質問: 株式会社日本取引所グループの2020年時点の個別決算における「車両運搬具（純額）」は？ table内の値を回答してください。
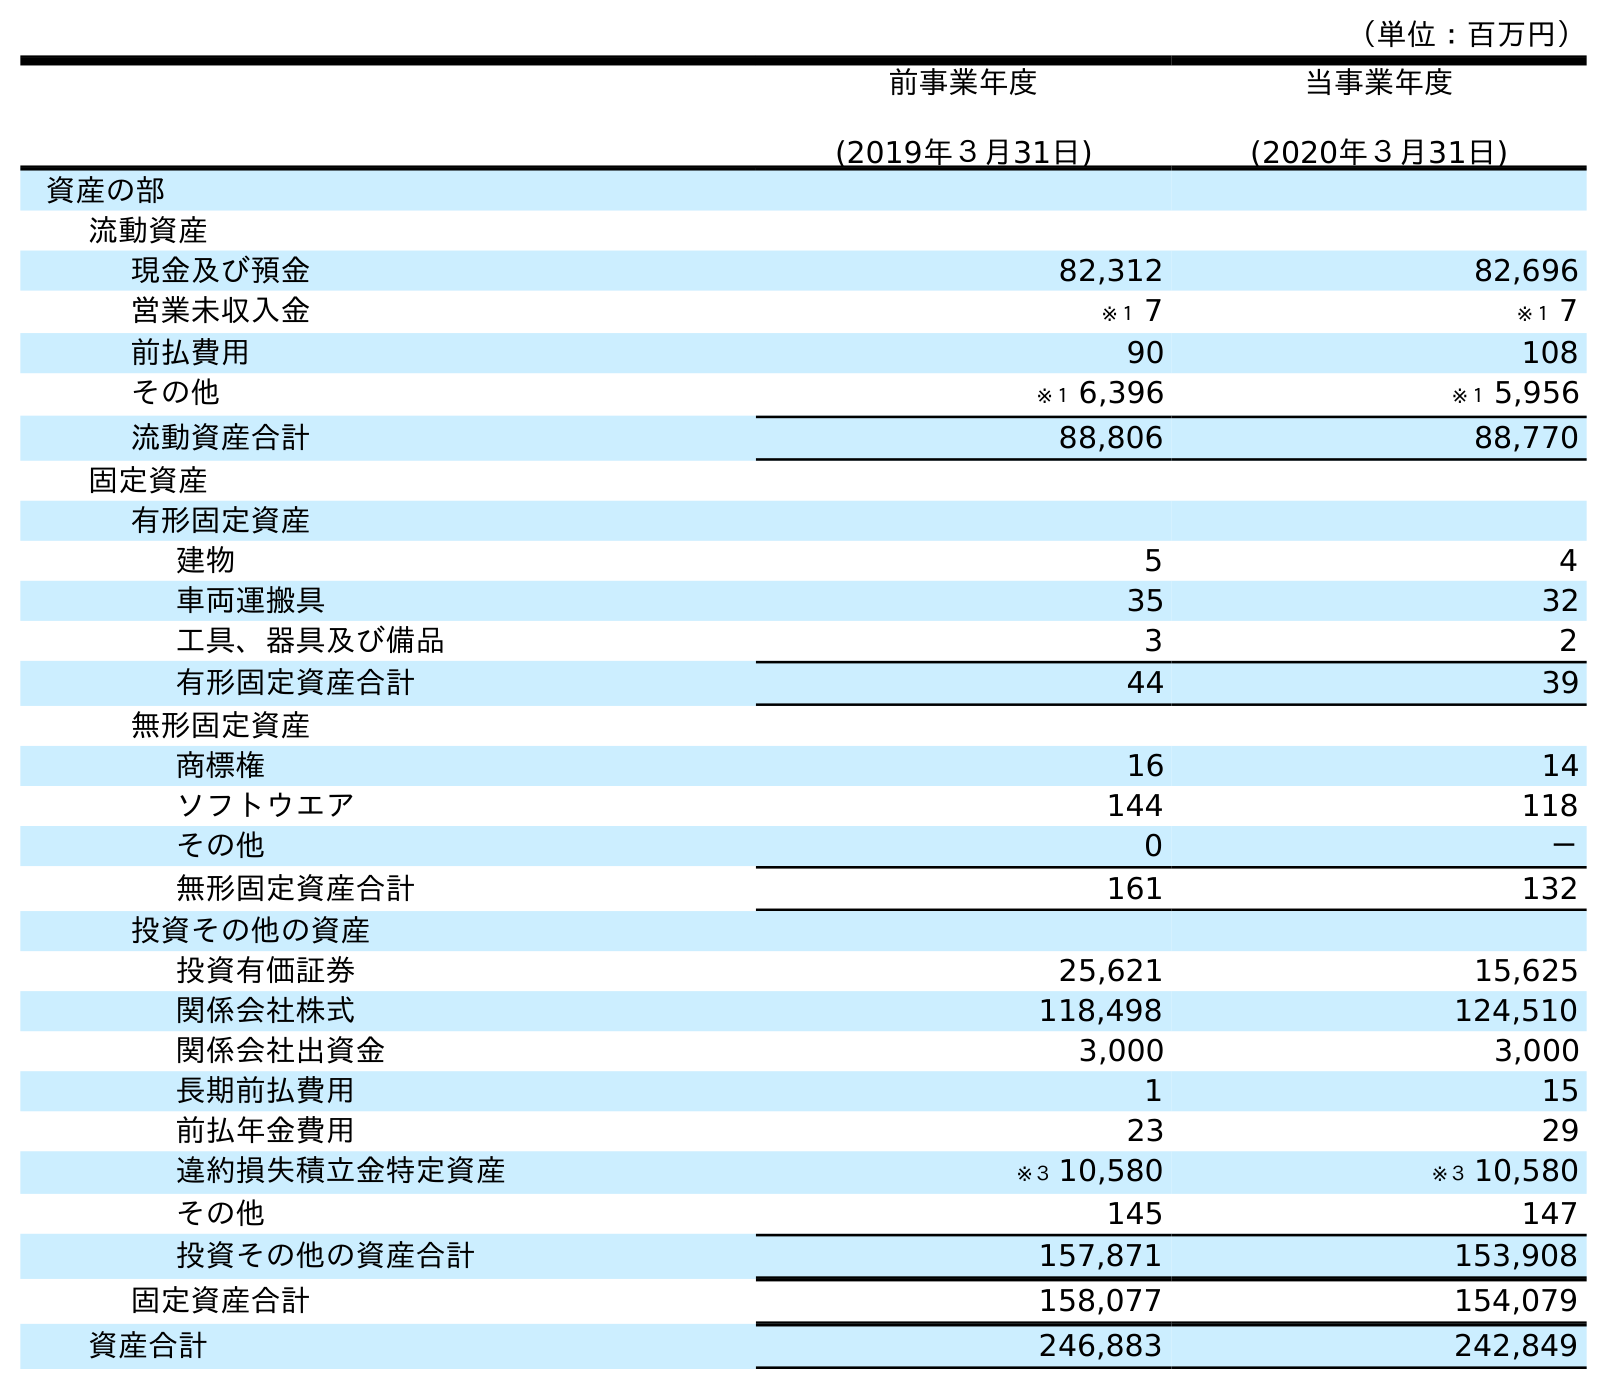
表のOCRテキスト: （単位：百万円） 前事業年度 (2019年３月31日) 当事業年度 (2020年３月31日) 資産の部 流動資産 現金及び預金 82,312 82,696 営業未収入金 ※１ 7 ※１ 7 前払費用 90 108 その他 ※１ 6,396 ※１ 5,956 流動資産合計 88,806 88,770 固定資産 有形固定資産 建物 5 4 車両運搬具 35 32 工具、器具及び備品 3 2 有形固定資産合計 44 39 無形固定資産 商標権 16 14 ソフトウエア 144 118 その他 0 － 無形固定資産合計 161 132 投資その他の資産 投資有価証券 25,621 15,625 関係会社株式 118,498 124,510 関係会社出資金 3,000 3,000 長期前払費用 1 15 前払年金費用 23 29 違約損失積立金特定資産 ※３ 10,580 ※３ 10,580 その他 145 147 投資その他の資産合計 157,871 153,908 固定資産合計 158,077 154,079 資産合計 246,883 242,849
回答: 32